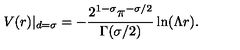
V ( r ) | _ { d = \sigma } = - \frac { 2 ^ { 1 - \sigma } \pi ^ { - \sigma / 2 } } { \Gamma ( \sigma / 2 ) } \ln ( \Lambda r ) .